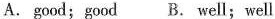
A. good;good B. well; well